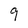
Character: 9